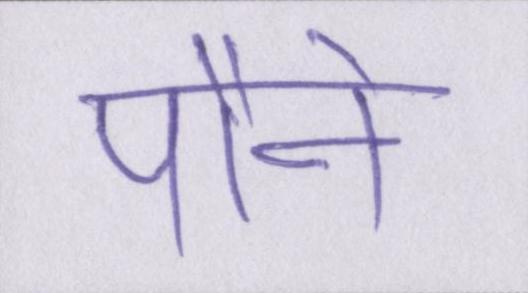
पौने